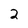
Character: 2